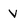
Character: v